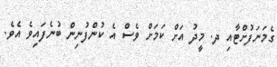
ގެމަނަފުށްޓާއި ދ. މީދު އަށް ކަމަށް ވެސް އެ ކުންފުނިން ބުނެފައިވެ އެވެ.